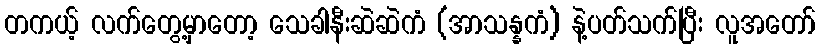
တကယ့် လက်တွေ့မှာတော့ သေခါနီးဆဲဆဲကံ (အာသန္နကံ) နဲ့ပတ်သက်ပြီး လူအတော်